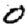
Digit: 0